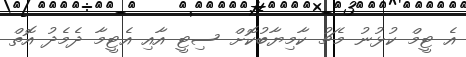
އެ ޓީމް ކުޅުނު މެޗު ކާމިޔާބުކޮށް ސިޓީ އާއި އެޓީމާ ދެމެދު އޮތް